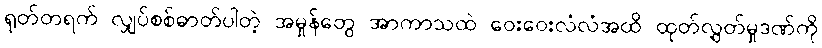
ရုတ်တရက် လျှပ်စစ်ဓာတ်ပါတဲ့ အမှုန်တွေ အာကာသထဲ ဝေးဝေးလံလံအထိ ထုတ်လွှတ်မှုဒဏ်ကို